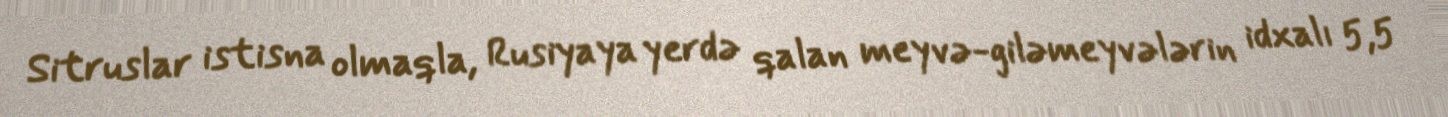
Sitruslar istisna olmaqla, Rusiyaya yerdə qalan meyvə-giləmeyvələrin idxalı 5,5